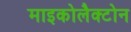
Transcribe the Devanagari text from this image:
माइकोलैक्टोन